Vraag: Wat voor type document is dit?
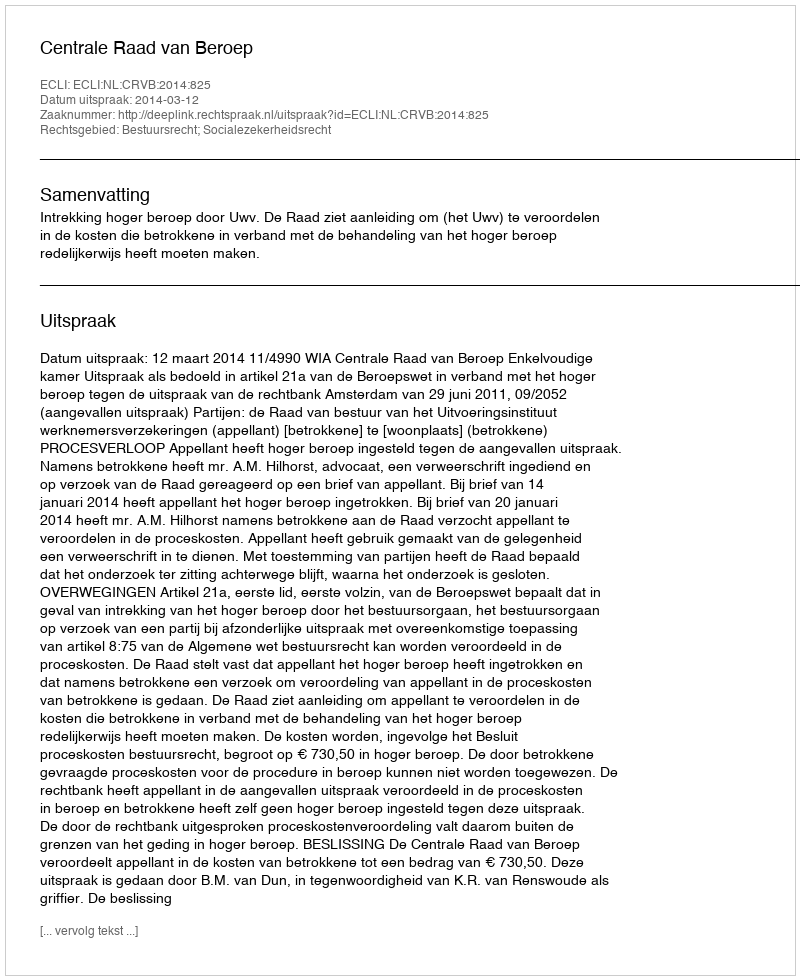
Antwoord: Uitspraak